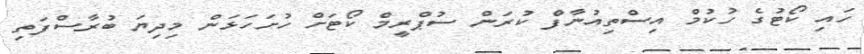
ހައި ކޯޓުގެ ހުކުމް އިސްތިއުނާފް ކުރަން ސުޕްރީމް ކޯޓަށް ހުށަހަޅަން މިދިޔަ ބުރާސްފަތި